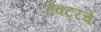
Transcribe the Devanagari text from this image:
हेक्टरचे